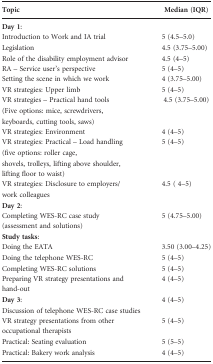
<table><thead><tr><td><b>Topic</b></td><td><b>Median (IQR)</b></td></tr></thead><tbody><tr><td><b>Day 1:</b></td><td></td></tr><tr><td>Introduction to Work and IA trial</td><td>5 (4.5–5.0)</td></tr><tr><td>Legislation</td><td>4.5 (3.75–5.00)</td></tr><tr><td>Role of the disability employment advisor</td><td>4.5 (4–5)</td></tr><tr><td>RA – Service user&#x27;s perspective</td><td>5 (4–5)</td></tr><tr><td>Setting the scene in which we work</td><td>4 (3.75–5.00)</td></tr><tr><td>VR strategies: Upper limb</td><td>5 (4–5)</td></tr><tr><td>VR strategies – Practical hand tools</td><td rowspan="2">4.5 (3.75–5.00)</td></tr><tr><td>(Five options: mice, screwdrivers, keyboards, cutting tools, saws)</td></tr><tr><td>VR strategies: Environment</td><td>4 (4–5)</td></tr><tr><td>VR strategies: Practical – Load handling (five options: roller cage, shovels, trolleys, lifting above shoulder, lifting floor to waist)</td><td>5 (4–5)</td></tr><tr><td>VR strategies: Disclosure to employers/work colleagues</td><td>4.5 ( 4–5)</td></tr><tr><td><b>Day 2:</b></td><td></td></tr><tr><td>Completing WES-RC case study (assessment and solutions)</td><td>5 (4.75–5.00)</td></tr><tr><td><b>Study tasks:</b></td><td></td></tr><tr><td>Doing the EATA</td><td>3.50 (3.00–4.25)</td></tr><tr><td>Doing the telephone WES-RC</td><td>5 (4–5)</td></tr><tr><td>Completing WES-RC solutions</td><td>5 (4–5)</td></tr><tr><td>Preparing VR strategy presentations and hand-out</td><td>4 (4–5)</td></tr><tr><td><b>Day 3:</b></td><td>4 (4–5)</td></tr><tr><td>Discussion of telephone WES-RC case studies</td><td></td></tr><tr><td>VR strategy presentations from other occupational therapists</td><td>5 (4–5)</td></tr><tr><td>Practical: Seating evaluation</td><td>5 (5–5)</td></tr><tr><td>Practical: Bakery work analysis</td><td>4 (4–5)</td></tr></tbody></table>